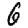
Digit: 6